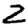
Digit: 2